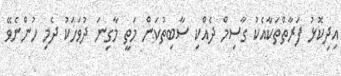
އިދިކޮޅު ފަރާތްތަކާއެކު ގާސިމް ދެއްކި ސާބިތުކަން މަތީ މާގިނަ ދުވަހަކު ދެމި ހުންނެވޭ